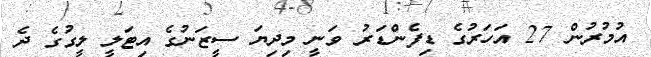
އުމުރުން 27 އަހަރުގެ ޑިފެންޑަރު ވަނީ މިދިޔަ ސީޒަނުގެ އިޓަލީ ލީގުގެ ދެ